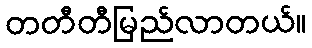
တတီတီမြည်လာတယ်။